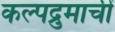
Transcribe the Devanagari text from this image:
कल्पद्रुमाचीं